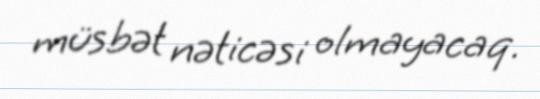
müsbət nəticəsi olmayacaq.